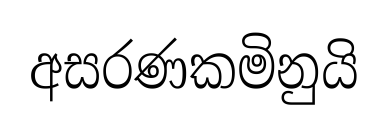
අසරණකමිනුයි